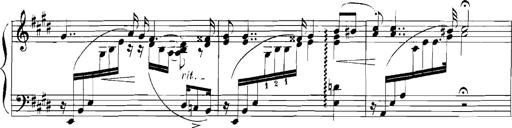
Title: Rhapsodies hongroises
Composer: Franz Liszt